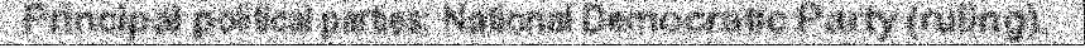
Principal political parties: National Democratic Party (ruling).